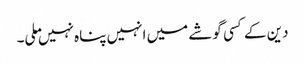
دین کے کسی گوشے میں انہیں پناہ نہیں ملی۔